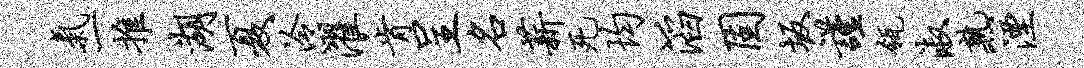
气一推湖夏泠濯肯呈名薪死均滔固坂谨瓴淑熟湮